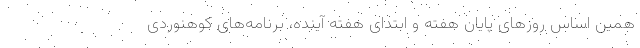
همین اساس روزهای پایان هفته و ابتدای هفته آینده، برنامه‌های کوهنوردی